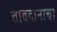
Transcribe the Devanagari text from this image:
तावदानाचा